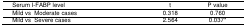
| Serum I-FABP level | t | P value |
 | --- | --- | --- |
 | Mild vs Moderate cases | 0.318 | 0.760 |
 | Mild vs Severe cases | 2.564 | 0.037* |